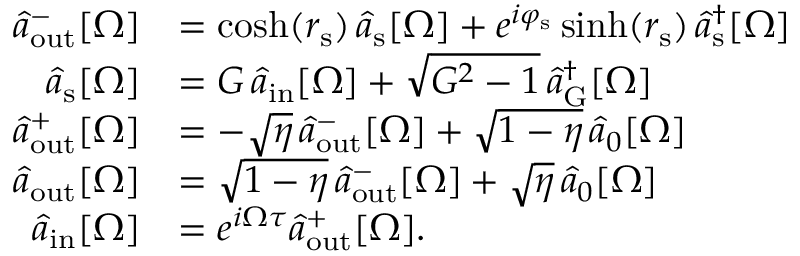
\begin{array} { r l } { \hat { a } _ { \mathrm { o u t } } ^ { - } [ \Omega ] } & { = \cosh ( r _ { \mathrm { s } } ) \, \hat { a } _ { \mathrm { s } } [ \Omega ] + e ^ { i \varphi _ { \mathrm { s } } } \sinh ( r _ { \mathrm { s } } ) \, \hat { a } _ { \mathrm { s } } ^ { \dagger } [ \Omega ] } \\ { \hat { a } _ { \mathrm { s } } [ \Omega ] } & { = G \, \hat { a } _ { \mathrm { i n } } [ \Omega ] + \sqrt { G ^ { 2 } - 1 } \, \hat { a } _ { \mathrm { G } } ^ { \dagger } [ \Omega ] } \\ { \hat { a } _ { \mathrm { o u t } } ^ { + } [ \Omega ] } & { = - \sqrt { \eta } \, \hat { a } _ { \mathrm { o u t } } ^ { - } [ \Omega ] + \sqrt { 1 - \eta } \, \hat { a } _ { 0 } [ \Omega ] } \\ { \hat { a } _ { \mathrm { o u t } } [ \Omega ] } & { = \sqrt { 1 - \eta } \, \hat { a } _ { \mathrm { o u t } } ^ { - } [ \Omega ] + \sqrt { \eta } \, \hat { a } _ { 0 } [ \Omega ] } \\ { \hat { a } _ { \mathrm { i n } } [ \Omega ] } & { = e ^ { i \Omega \tau } \hat { a } _ { \mathrm { o u t } } ^ { + } [ \Omega ] . } \end{array}